Vaccination in Bombay 1913-1923 - 1913-1923
Year: 1913
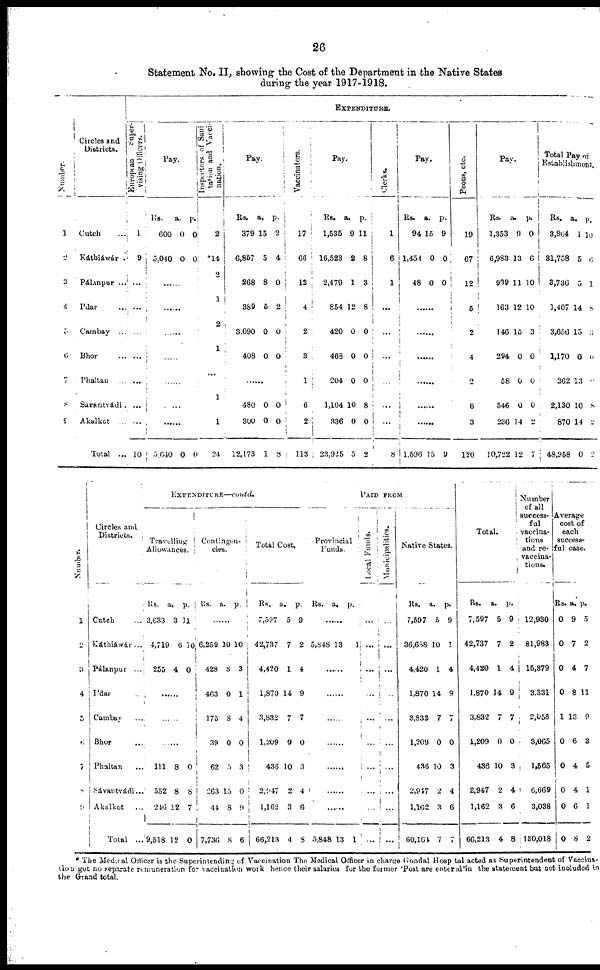
26
Statement No. II, showing the Cost of the Department in the Native States
during the year 1917-1918.
Number.
1
2
3
4
5
6
7
8
9
Circles and
Districts.
Cutch ...
Káthiáwár.
Pálanpur ...
I'dar ...
Cambay ...
Bhor ...
Phaltan ...
Sávantvádi.
Akalkot ...
Total ...
EXPENDITURE.
European
super-
vising Officers.
1
9
...
...
...
...
...
...
...
10
Pay.
Rs.
600
5,040
a.
0
0
p.
0
0
......
......
......
......
......
......
......
5,640 0 0
Inspectors of Sani¬
tation and Vacci-
nation.
2
*14
2
3
2
1
...
1
1
24
Pay.
Rs.
379
6,857
268
389
3,090
408
a.
15
5
8
5
0
0
p.
2
4
0
2
0
0
......
480
300
12,173
0
0
1
0
0
8
Vaccinators.
17
66
12
4
2
3
1
6
2
113
Pay.
Rs.
1,535
16,523
2,479
854
420
468
204
1,104
336
23,925
a.
9
2
1
12
0
0
0
10
0
5
p.
11
8
3
8
0
0
0
8
0
2
Clerks.
1
6
1
...
...
...
...
...
...
8
Pay.
Rs.
94
1,454
48
a.
15
0
0
p.
9
0
0
......
......
......
......
......
......
1,596 15 9
Peons, etc.
19
67
12
5
2
4
2
6
3
120
Pay.
Rs.
1,353
6,983
939
163
146
294
58
546
236
10,722
a.
9
13
11
12
15
0
0
0
14
12
p.
0
6
10
10
3
0
0
0
2
7
Total Pay of
Establishment.
Rs.
3,964
31,758
3,736
1,407
3,656
1,170
262
2,130
870
48,958
a.
1
5
5
14
15
0
13
10
14
0
p.
10
6
1
8
3
0
0
8
2
2
Number.
1
2
3
4
5
6
7
8
9
Circles and
Districts.
Cutch ...
Káthiáwár ...
Pálanpur ...
I'dar ...
Cambay ...
Bhor ...
Phaltan ...
Sávantvádi...
Akalkot
...
Total ...
EXPENDITURE—contd.
Travelling
Allowances.
Rs.
3,633
4,719
255
a.
3
6
4
p.
11
10
0
......
......
......
111
552
246
9,518
8
8
12
12
0
8
7
0
Contingen¬
cies.
Rs. a. p.
......
6,259
428
463
175
39
62
263
44
7,736
10
8
0
8
0
5
15
8
8
10
3
1
4
0
3
0
9
6
Total Cost.
Rs.
7,597
42,737
4,420
1,870
3,832
1,209
436
2,947
1,162
66,213
a.
5
7
1
14
7
0
10
2
3
4
p.
9
2
4
9
7
0
3
4
6
8
PAID FROM
Provincial
Funds.
Rs. a. p.
......
5,848 13
1
......
......
......
......
......
......
......
5,848 13 1
Local Funds.
...
...
...
...
...
...
...
...
...
...
Municipalities.
...
...
...
...
...
...
...
...
...
...
Native States.
Rs.
7,597
36,688
4,420
1,870
3,832
1,209
436
2,947
1,162
60,164
a.
5
10
1
14
7
0
10
2
3
7
p.
9
1
4
9
7
0
3
4
6
7
Total.
Rs.
7,597
42,737
4,420
1,870
3,832
1,209
436
2,947
1,162
66,213
a.
5
7
1
14
7
0
10
2
3
4
p.
9
2
4
9
7
0
3
4
6
8
Number
of all
success-
ful
vaccina-
tions
and re¬
vaccina-
tions.
12,930
81,983
15,379
3,331
2,058
3,065
1,565
6,669
3,038
130,018
Average
cost of
each
success-
ful case.
Rs.
0
0
0
0
1
0
0
0
0
0
a.
9
7
4
8
13
6
4
4
6
8
p.
5
2
7
11
9
3
5
1
1
2
* The Medical Officer is the Superintending of Vaccination The Medical Officer in charge Gondal Hospital acted as Superintendent of Vaccina-
tion got no separate remuneration for vaccination work hence their salaries for the former 'Post are entered' in the statement but not included in
the Grand total.